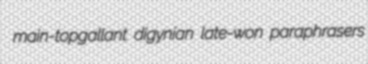
main-topgallant digynian late-won paraphrasers